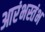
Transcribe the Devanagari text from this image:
आरंभस्तंभ